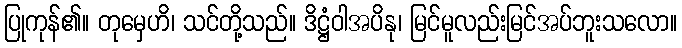
ပြုကုန်၏။ တုမှေဟိ၊ သင်တို့သည်။ ဒိဋ္ဌံဝါအပိနု၊ မြင်မူလည်းမြင်အပ်ဘူးသလော။